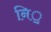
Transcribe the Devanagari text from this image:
नि़़॒